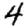
Digit: 4